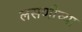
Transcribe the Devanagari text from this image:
लसणीच्या